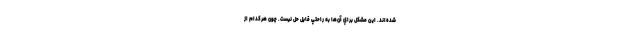
شده‌اند. اين مشكل براي آن‌ها به راحتي قابل حل نيست. چون هركدام از